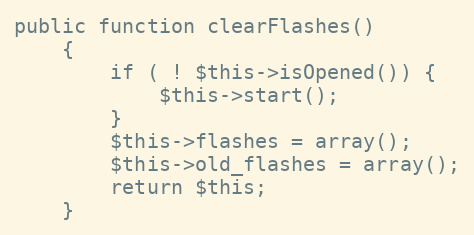
Language: PHP
public function clearFlashes()
    {
        if ( ! $this->isOpened()) {
            $this->start();
        }
        $this->flashes = array();
        $this->old_flashes = array();
        return $this;
    }